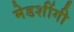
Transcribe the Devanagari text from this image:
मेडशींगी